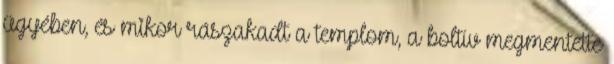
ügyében, és mikor rászakadt a templom, a boltív megmentette